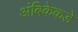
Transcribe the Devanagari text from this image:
अंबिकेकडे